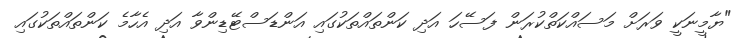
"ޔާމީނަކީ ވަރަށް މަސައްކަތްކުރަން ފަސޭހަ އަދި ކަންތައްތަކުގައި އަންޑަސްޓޭޑިންވާ އަދި އެހާމެ ކަންތައްތަކުގައި